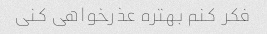
فکر کنم بهتره عذرخواهی کنی